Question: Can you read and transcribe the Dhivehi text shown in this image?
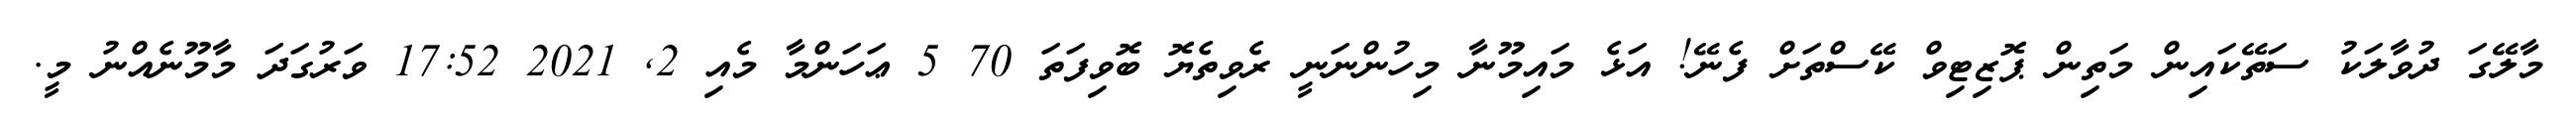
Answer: މާލޭގަ ދުވާލަކު ސަތޭކައިން މަތިން ޕޮޒިޓިވް ކޭސްތަށް ފެނޭ! އަޅެ މައިމޫނާ މިހުންނަނީ ރެވިތެޔޮ ބޮވިފަތަ 70 5 ޢަހަންމާ މެއި 2, 2021 17:52 ވަރުގަދަ މާމޫނެއްނު މީ.